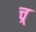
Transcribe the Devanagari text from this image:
च्र्